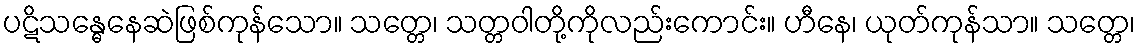
ပဋိသန္ဓေနေဆဲဖြစ်ကုန်သော။ သတ္တေ၊ သတ္တဝါတို့ကိုလည်းကောင်း။ ဟီနေ၊ ယုတ်ကုန်သာ။ သတ္တေ၊